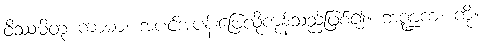
ဝိဿမိတု ကာမာ၊ အပင်အပန်းဖြေလိုကုန်သည်ဖြစ်၍။ ဘဏ္ဍကံ၊ ကို။